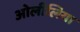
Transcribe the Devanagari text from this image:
ओलीलिया